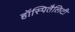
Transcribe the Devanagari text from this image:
हॉस्पितैलिटी